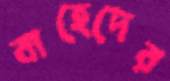
বাহেদের